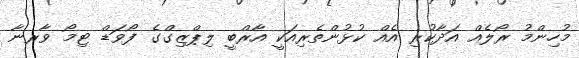
މުހިންމު ރޯލެއް އަދާކުރި އެއް ކުޅުންތެރިއަކީ އާރްބީ ލިޕްޒިގްގެ ފޯވަޑް ޓިމޯ ވާރނާ